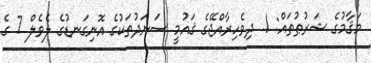
މަޤާމުގެ ޝަރުޠުތައް: 1. ދިވެހިރާއްޖޭގެ ޤައުމީ ސަނަދުތަކުގެ އޮނިގަނޑުގެ ލެވެލް 7 ގެ